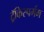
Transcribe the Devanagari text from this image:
ट्रॅकिस्पर्मम